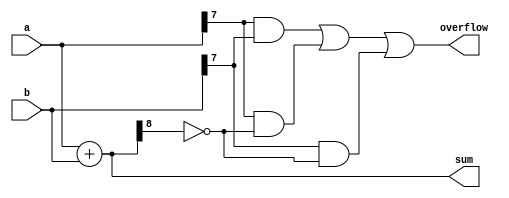
module ParametrizedAdder #(
    parameter N = 8  // Default bit-width (can be overridden)
)(
    input  [N-1:0] a,  // N-bit input a
    input  [N-1:0] b,  // N-bit input b
    output [N:0] sum,   // (N+1)-bit output sum
    output overflow      // Overflow flag
);

    // Calculate the sum
    assign sum = a + b;

    // Overflow detection logic
    assign overflow = (a[N-1] & b[N-1]) | (a[N-1] & ~sum[N]) | (b[N-1] & ~sum[N]);

endmodule